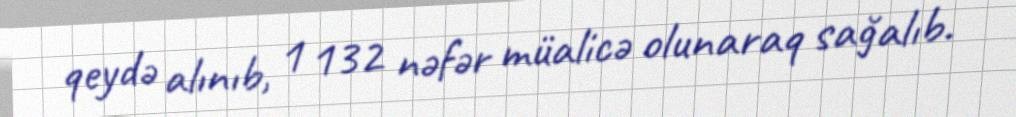
qeydə alınıb, 1 132 nəfər müalicə olunaraq sağalıb.